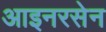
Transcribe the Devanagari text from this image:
आइनरसेन